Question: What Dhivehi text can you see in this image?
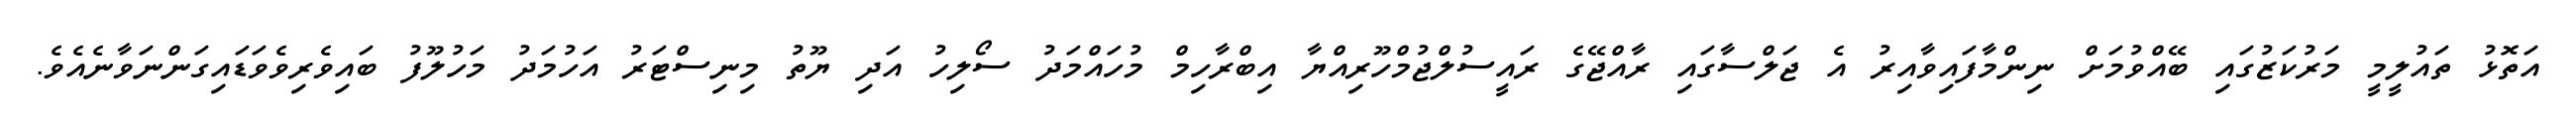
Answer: އަތޮޅު ތައުލީމީ މަރުކަޒުގައި ބޭއްވުމަށް ނިންމާފައިވާއިރު އެ ޖަލްސާގައި ރާއްޖޭގެ ރައީސުލްޖުމްހޫރިއްޔާ އިބްރާހިމް މުހައްމަދު ސޯލިހު އަދި ޔޫތު މިނިސްޓަރު އަހުމަދު މަހުލޫފު ބައިވެރިވެވަޑައިގަންނަވާނެއެވެ.